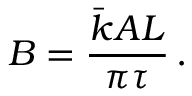
B = \frac { \bar { k } A L } { \pi \tau } \, .